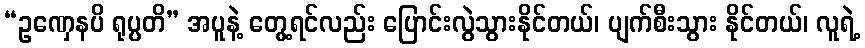
“ဥဏှေနပိ ရုပ္ပတိ” အပူနဲ့ တွေ့ရင်လည်း ပြောင်းလွဲသွားနိုင်တယ်၊ ပျက်စီးသွား နိုင်တယ်၊ လူရဲ့